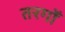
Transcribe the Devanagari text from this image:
तरगोँ